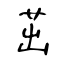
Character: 茁